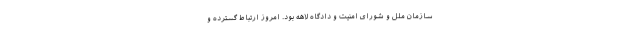
سازمان ملل و شورای امنیت و دادگاه لاهه بود. امروز ارتباط گسترده‌ و